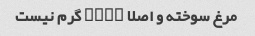
مرغ سوخته و اصلا ۱۸۰۰ گرم نیست